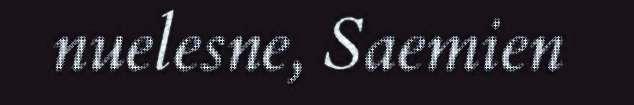
nuelesne, Saemien